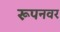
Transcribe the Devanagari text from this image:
रूपनवर